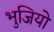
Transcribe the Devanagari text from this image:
भुजियो